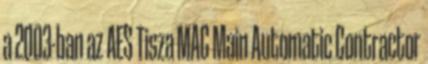
a 2003-ban az AES Tisza MAC Main Automatic Contractor